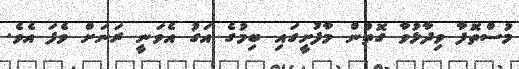
މުސްތޮފާ ވިދާޅުވާ ގޮތުން މާފުށީގައި ބިމުގެ އަގު އެވަނީ ރަނަށް ވެފަ އެވެ.